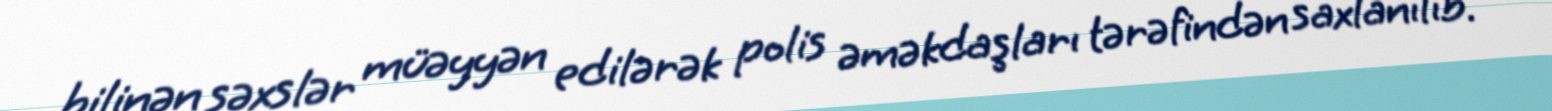
bilinən şəxslər müəyyən edilərək polis əməkdaşları tərəfindən saxlanılıb.